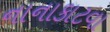
નાનાકાટવા